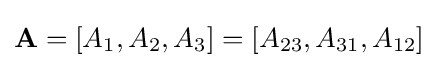
\mathbf {A} =[A_{1},A_{2},A_{3}]=[A_{23},A_{31},A_{12}]